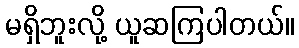
မရှိဘူးလို့ ယူဆကြပါတယ်။